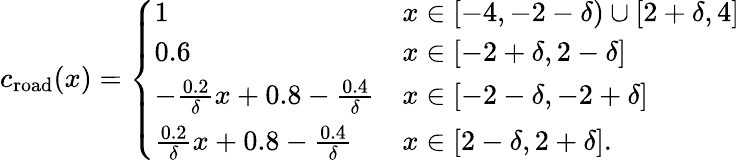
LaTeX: \begin{array}{r}{c_{\mathrm{road}}(x)=\left\{ \begin{array}{ll}{1}&{x\in[-4,-2-\delta)\cup[2+\delta,4]}\\ {0.6}&{x\in[-2+\delta,2-\delta]}\\ {-\frac{0.2}{\delta}x+0.8-\frac{0.4}{\delta}}&{x\in[-2-\delta,-2+\delta]}\\ {\frac{0.2}{\delta}x+0.8-\frac{0.4}{\delta}}&{x\in[2-\delta,2+\delta].}\end{array}\right.}\end{array}